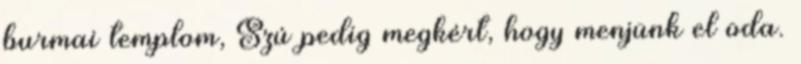
burmai templom, Szú pedig megkért, hogy menjünk el oda.